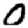
Digit: 0